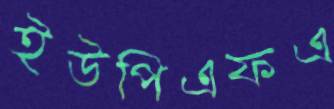
ইউপিএফএ